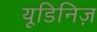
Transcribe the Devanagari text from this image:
यूडिनिज़